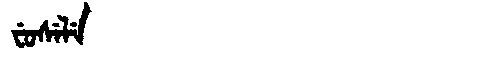
Manchu: ᠸᡠᠰᡝᠯᡝ
Romanization: FUSELE